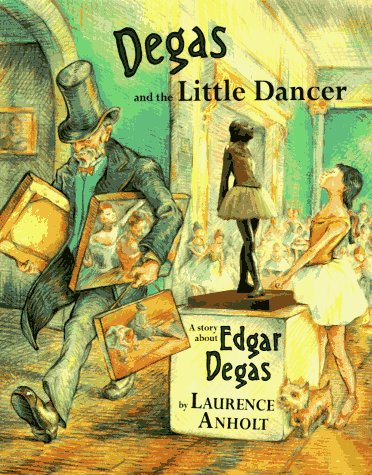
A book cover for Degas and the Little Dancer; Laurence Anholt; Children's Books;